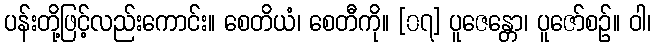
ပန်းတို့ဖြင့်လည်းကောင်း။ စေတိယံ၊ စေတီကို။ [၀၇] ပူဇေန္တော၊ ပူဇော်စဉ်။ ဝါ၊